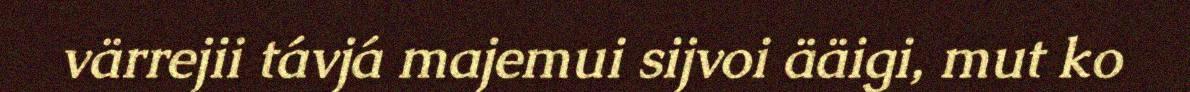
värrejii távjá majemui sijvoi ääigi, mut ko